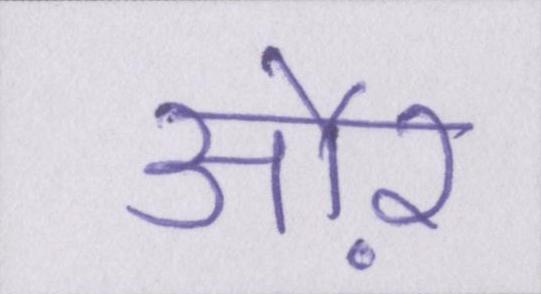
औऱ